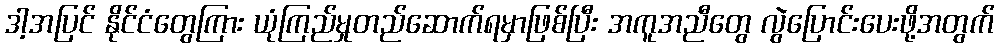
ဒါ့အပြင် နိုင်ငံတွေကြား ယုံကြည်မှုတည်ဆောက်ရမှာဖြစ်ပြီး အကူအညီတွေ လွဲပြောင်းပေးဖို့အတွက်